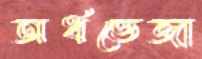
অর্ধভেজা